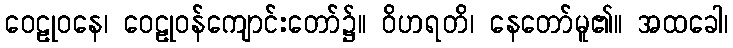
ဝေဠုဝနေ၊ ဝေဠုဝန်ကျောင်းတော်၌။ ဝိဟရတိ၊ နေတော်မူ၏။ အထခေါ၊